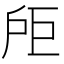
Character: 𪭘